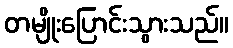
တမျိုးပြောင်းသွားသည်။